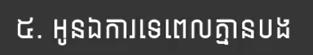
៥. អូនឯការទេពេលគ្មានបង